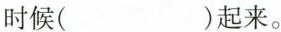
时候( )起来。